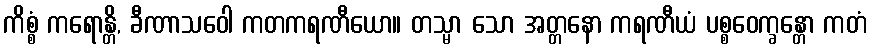
ကိစ္စံ ကရောန္တိ, ခီဏာသဝေါ ကတကရဏီယော။ တသ္မာ သော အတ္တနော ကရဏီယံ ပစ္စဝေက္ခန္တော ကတံ